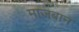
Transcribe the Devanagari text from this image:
माजबान